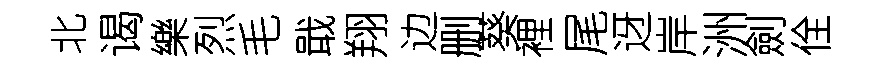
北谒樂烈毛戢翔边删葵裡尾迓岸洲劍佺